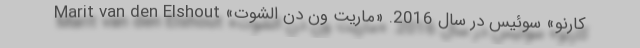
کارنو» سوئیس در سال 2016. «ماریت ون دن الشوت» Marit van den Elshout